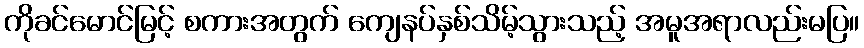
ကိုခင်မောင်မြင့် စကားအတွက် ကျေနပ်နှစ်သိမ့်သွားသည့် အမူအရာလည်းမပြ။